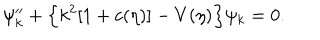
\psi _ { k } ^ { \prime \prime } + \Bigl \{ k ^ { 2 } [ 1 + c ( \eta ) ] - V ( \eta ) \Bigr \} \psi _ { k } = 0 .